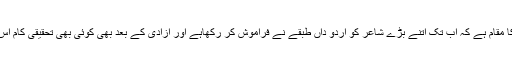
بہت افسوس کا مقام ہے کہ اب تک اتنے بڑے شاعر کو اردو داں طبقے نے فراموش کر رکھاہے اور آزادی کے بعد بھی کوئی بھی تحقیقی کام اس پر نہیں ہوا ۔